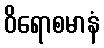
ဝိရောစမာနံ